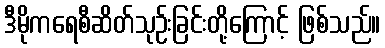
ဒီမိုကရေစီဆိတ်သုဉ်းခြင်းတို့ကြောင့် ဖြစ်သည်။